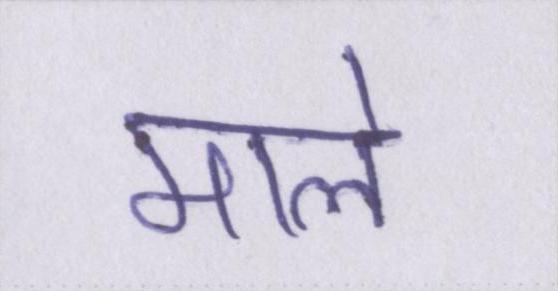
माले